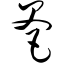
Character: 爸